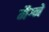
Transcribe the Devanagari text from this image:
मैग्ने